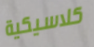
كلاسيكية